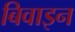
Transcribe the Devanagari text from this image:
बिवाइन